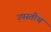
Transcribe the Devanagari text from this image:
उपस्तीथ